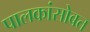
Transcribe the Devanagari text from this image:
पालकांसोबत